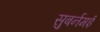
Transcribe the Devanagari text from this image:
सुबर्नमई